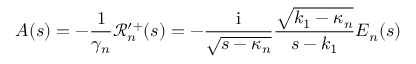
A ( s ) = - \frac { 1 } { \gamma _ { n } } \mathcal { R } _ { n } ^ { \prime + } ( s ) = - \frac { \mathrm { i } } { \sqrt { s - \kappa _ { n } } } \frac { \sqrt { k _ { 1 } - \kappa _ { n } } } { s - k _ { 1 } } E _ { n } ( s )